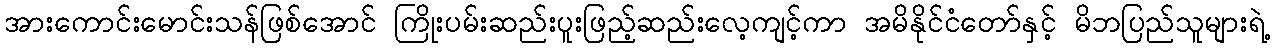
အားကောင်းမောင်းသန်ဖြစ်အောင် ကြိုးပမ်းဆည်းပူးဖြည့်ဆည်းလေ့ကျင့်ကာ အမိနိုင်ငံတော်နှင့် မိဘပြည်သူများရဲ့